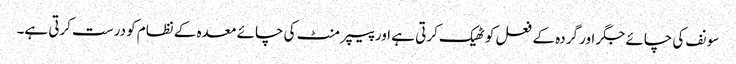
سونف کی چائے جگر اور گردہ کے فعل کو ٹھیک کرتی ہے اور پیپر منٹ کی چائے معدہ کے نظام کو درست کرتی ہے۔